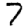
Digit: 7